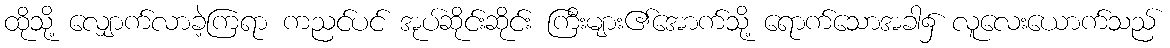
ထိုသို့ လျှောက်လာခဲ့ကြရာ ကညင်ပင် အုပ်ဆိုင်းဆိုင်း ကြီးများ၏အောက်သို့ ရောက်သောအခါ၌ လူလေးယောက်သည်